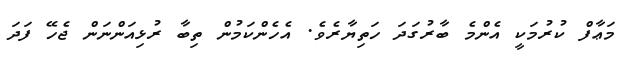
މަޢާފް ކުރުމަކީ އެންމެ ބާރުގަދަ ހަތިޔާރެވެ. އެހެންކަމުން ތިބާ ރުޅިއަންނަން ޖެހޭ ފަދަ